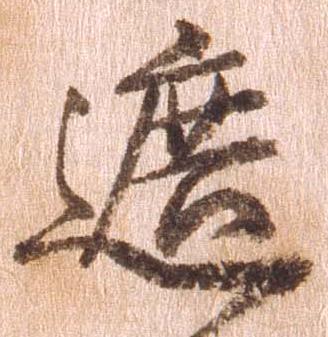
遮